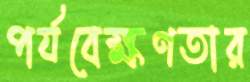
পর্যবেক্ষণতার